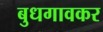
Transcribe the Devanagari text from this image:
बुधगावकर